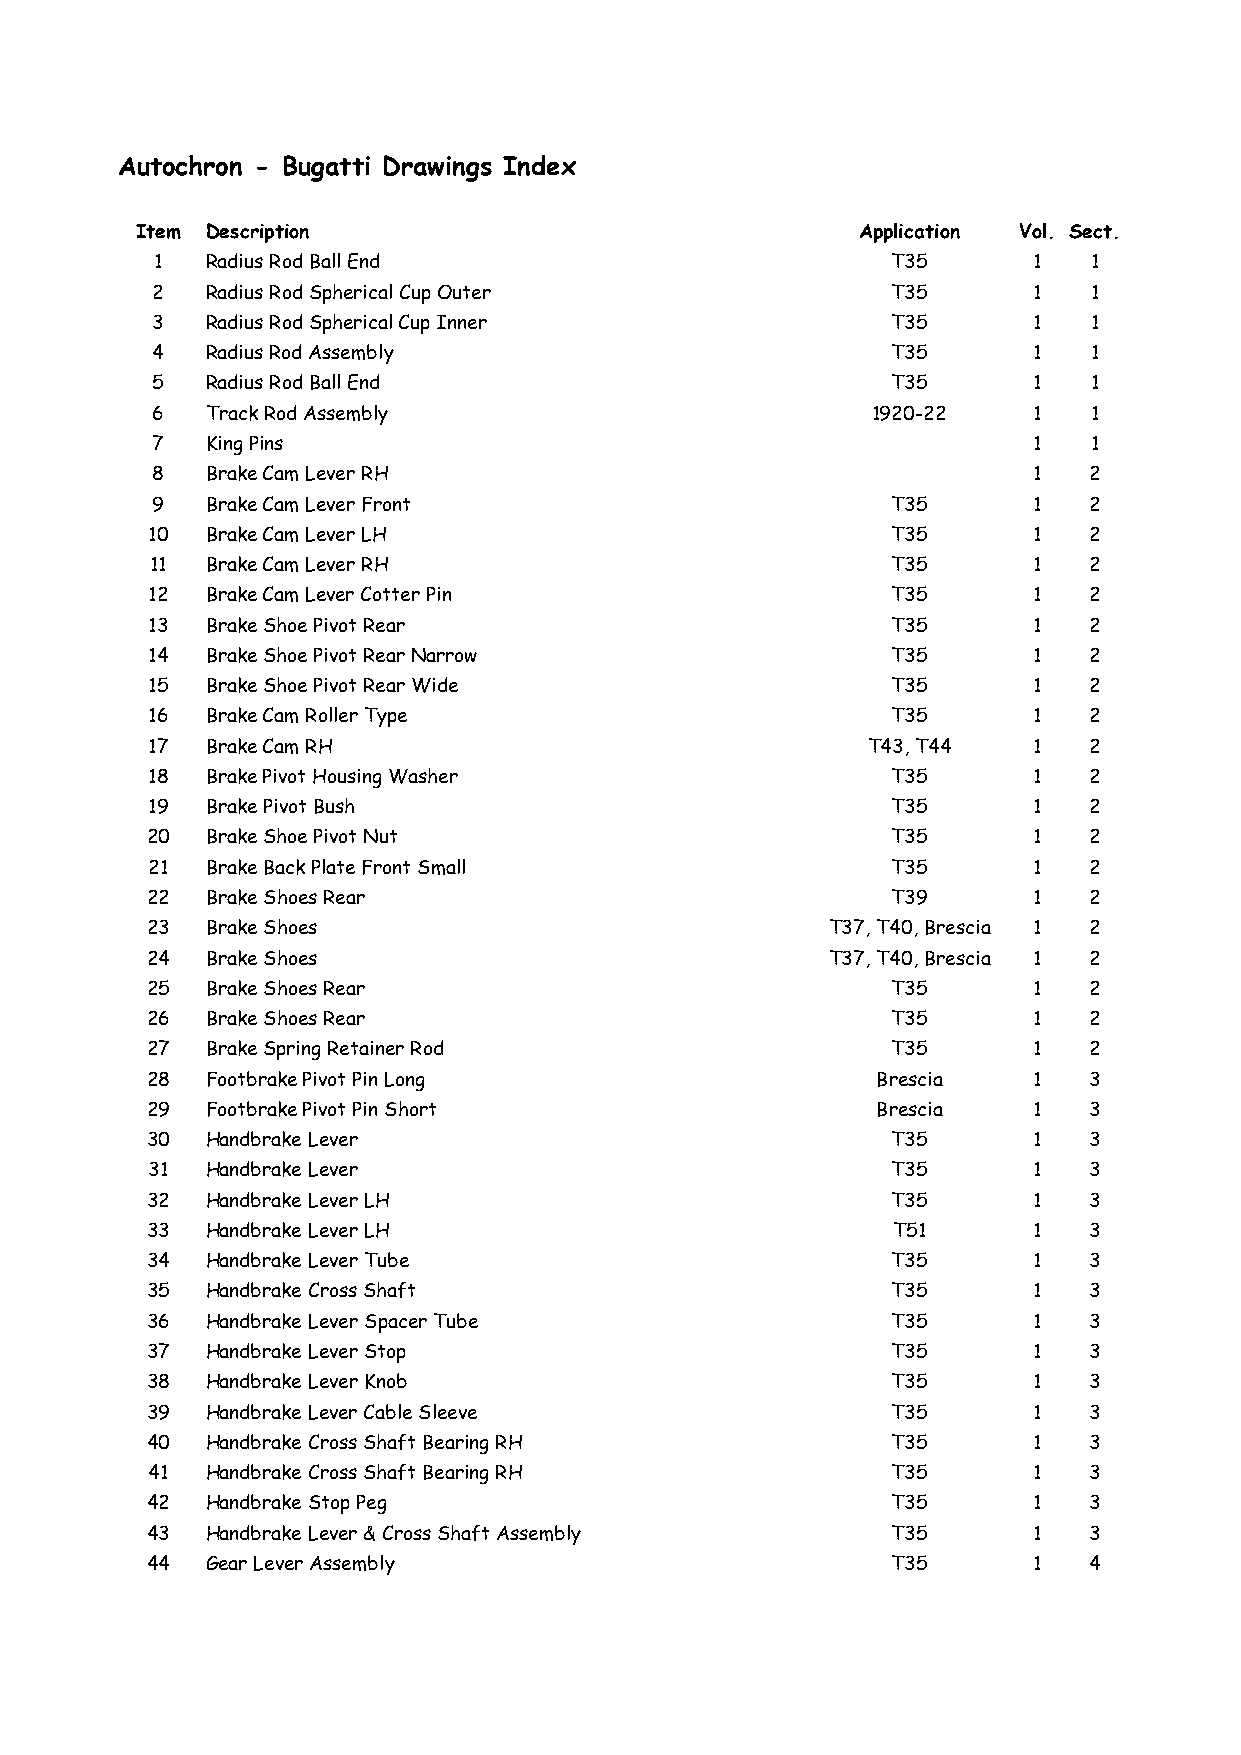
Autochron - Bugatti Drawings Index
 Item Description                                Application Vol. Sect.
 1   Radius Rod Ball End                          T35      1   1
 2   Radius Rod Spherical Cup Outer               T35      1   1
 3   Radius Rod Spherical Cup Inner               T35      1   1
 4   Radius Rod Assembly                          T35      1   1
 5   Radius Rod Ball End                          T35      1   1
 6   Track Rod Assembly                          1920-22   1   1
 7   King Pins                                             1   1
 8   Brake Cam Lever RH                                    1   2
 9   Brake Cam Lever Front                        T35      1   2
 10  Brake Cam Lever LH                           T35      1   2
 11  Brake Cam Lever RH                           T35      1   2
 12  Brake Cam Lever Cotter Pin                   T35      1   2
 13  Brake Shoe Pivot Rear                        T35      1   2
 14  Brake Shoe Pivot Rear Narrow                 T35      1   2
 15  Brake Shoe Pivot Rear Wide                   T35      1   2
 16  Brake Cam Roller Type                        T35      1   2
 17  Brake Cam RH                               T43, T44   1   2
 18  Brake Pivot Housing Washer                   T35      1   2
 19  Brake Pivot Bush                             T35      1   2
 20  Brake Shoe Pivot Nut                         T35      1   2
 21  Brake Back Plate Front Small                 T35      1   2
 22  Brake Shoes Rear                             T39      1   2
 23  Brake Shoes                              T37, T40, Brescia 1 2
 24  Brake Shoes                              T37, T40, Brescia 1 2
 25  Brake Shoes Rear                             T35      1   2
 26  Brake Shoes Rear                             T35      1   2
 27  Brake Spring Retainer Rod                    T35      1   2
 28  Footbrake Pivot Pin Long                    Brescia   1   3
 29  Footbrake Pivot Pin Short                   Brescia   1   3
 30  Handbrake Lever                              T35      1   3
 31  Handbrake Lever                              T35      1   3
 32  Handbrake Lever LH                           T35      1   3
 33  Handbrake Lever LH                           T51      1   3
 34  Handbrake Lever Tube                         T35      1   3
 35  Handbrake Cross Shaft                        T35      1   3
 36  Handbrake Lever Spacer Tube                  T35      1   3
 37  Handbrake Lever Stop                         T35      1   3
 38  Handbrake Lever Knob                         T35      1   3
 39  Handbrake Lever Cable Sleeve                 T35      1   3
 40  Handbrake Cross Shaft Bearing RH             T35      1   3
 41  Handbrake Cross Shaft Bearing RH             T35      1   3
 42  Handbrake Stop Peg                           T35      1   3
 43  Handbrake Lever & Cross Shaft Assembly       T35      1   3
 44  Gear Lever Assembly                          T35      1   4